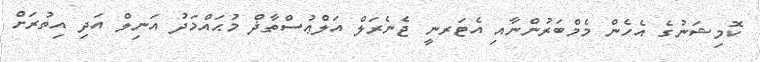
ކޮމިޝަނުގެ އެހެން މެމްބަރުންނާއި އެޓަރނީ ޖެނެރަލް އަލްޢުސްތާޛް މުޙައްމަދު އަނިލް އަދި އިތުރަށް